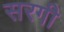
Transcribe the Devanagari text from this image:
सरगी